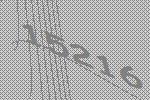
15216